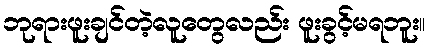
ဘုရားဖူးချင်တဲ့လူတွေလည်း ဖူးခွင့်မရဘူး။